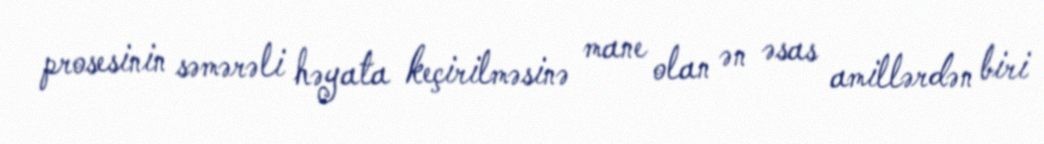
prosesinin səmərəli həyata keçirilməsinə mane olan ən əsas amillərdən biri